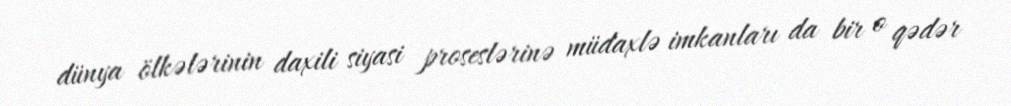
dünya ölkələrinin daxili siyasi proseslərinə müdaxlə imkanları da bir o qədər